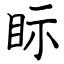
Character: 眎